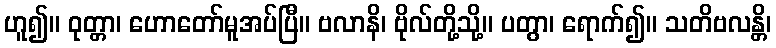
ဟူ၍။ ဝုတ္တာ၊ ဟောတော်မူအပ်ပြီ။ ဗလာနိ၊ ဗိုလ်တို့သို့။ ပတွာ၊ ရောက်၍။ သတိဗလန္တိ၊